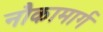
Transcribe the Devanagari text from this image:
नौकामार्ग